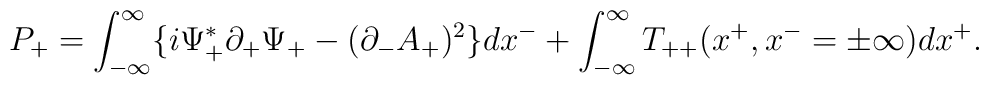
P_+=\int_{-{\infty }}^{\infty}\{ i{\Psi}_+^{\ast }{\partial}_+{\Psi}_+-({\partial}_-A_+)^2 \}dx^- +\int_{-{\infty}}^{\infty}T_{++}(x^+,x^-={\pm}{\infty})dx^+.